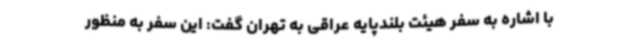
با اشاره به سفر هیئت بلندپایه عراقی به تهران گفت: این سفر به منظور